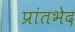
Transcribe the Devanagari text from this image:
प्रांतभेद